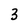
Character: 3